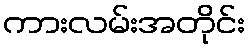
ကားလမ်းအတိုင်း